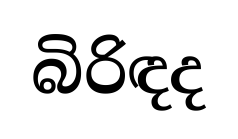
බිරිඳද